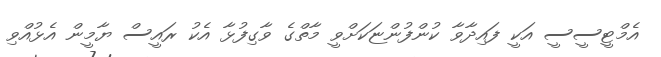
އެމްޓީސީސީ އަކީ ފައިދާވާ ކުންފުންޏަކަށްވީ މާތްގެ ވާގިފުޅާ އެކު ރައީސް ޔާމީން އެޅުއްވި